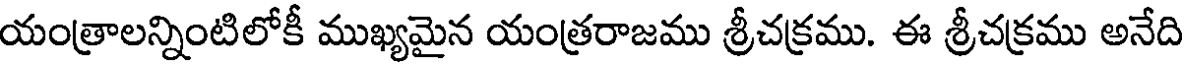
యంత్రాలన్నింటిలోకీ ముఖ్యమైన యంత్రరాజము శ్రీచక్రము. ఈ శ్రీచక్రము అనేది